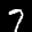
Label: 7